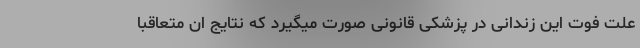
علت فوت این زندانی در پزشکی قانونی صورت میگیرد که نتایج ان متعاقبا